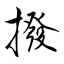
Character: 撥